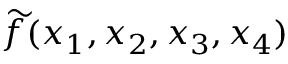
{ \widetilde f } ( x _ { 1 } , x _ { 2 } , x _ { 3 } , x _ { 4 } )